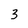
Character: 3